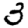
Digit: 3